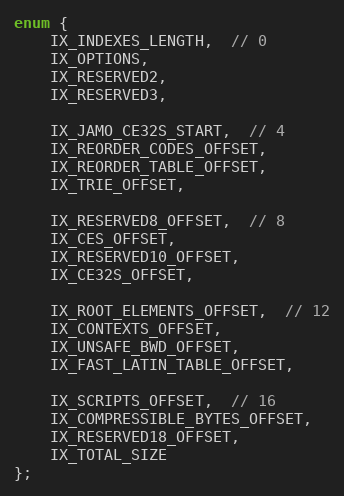
Language: C++
enum {
    IX_INDEXES_LENGTH,  // 0
    IX_OPTIONS,
    IX_RESERVED2,
    IX_RESERVED3,

    IX_JAMO_CE32S_START,  // 4
    IX_REORDER_CODES_OFFSET,
    IX_REORDER_TABLE_OFFSET,
    IX_TRIE_OFFSET,

    IX_RESERVED8_OFFSET,  // 8
    IX_CES_OFFSET,
    IX_RESERVED10_OFFSET,
    IX_CE32S_OFFSET,

    IX_ROOT_ELEMENTS_OFFSET,  // 12
    IX_CONTEXTS_OFFSET,
    IX_UNSAFE_BWD_OFFSET,
    IX_FAST_LATIN_TABLE_OFFSET,

    IX_SCRIPTS_OFFSET,  // 16
    IX_COMPRESSIBLE_BYTES_OFFSET,
    IX_RESERVED18_OFFSET,
    IX_TOTAL_SIZE
};